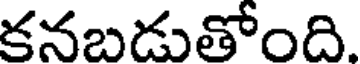
కనబడుతోంది.